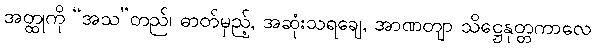
အတ္ထုကို “အသ”တည်၊ ဓာတ်မှည့်, အဆုံးသရချေ, အာဏတျာ သိဋ္ဌေနုတ္တကာလေ